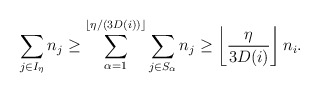
\begin{align*} \sum_{j \in I_\eta} n_j \ge \sum_{\alpha = 1}^{\lfloor \eta/(3D(i))\rfloor} \sum_{j \in S_{\alpha}} n_j \ge \left\lfloor\frac{\eta}{3D(i)}\right\rfloor n_i. \end{align*}